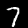
Label: 7